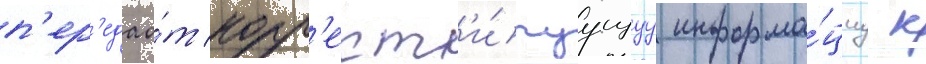
п'ер'едао́т корр'ект'и́руущуу информа́циу к